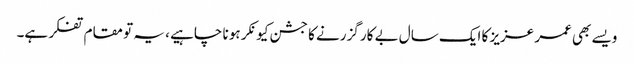
ویسے بھی عمر عزیز کا ایک سال بے کار گزرنے کا جشن کیونکر ہو نا چاہیے ، یہ تو مقام تفکر ہے۔